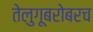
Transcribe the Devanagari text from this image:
तेलुगूबरोबरच